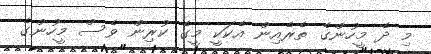
މި ދެ މީހުންގެ ތެރެއިން އެކަކީ މީގެ ކުރިން ވެސް މީހުންގެ